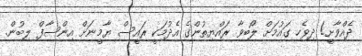
ދެއްވާށީ! ދިވެހި ގައުމަށް ލޯބިވާ ރައްޔިތުންގެ އެދުމަކީ ރައީސް ޔާމީނަށް އިންސާފް ލިބުން.